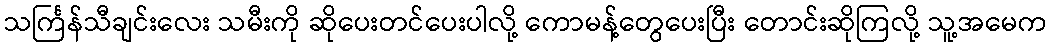
သင်္ကြန်သီချင်းလေး သမီးကို ဆိုပေးတင်ပေးပါလို့ ကောမန့်တွေပေးပြီး တောင်းဆိုကြလို့ သူ့အမေက